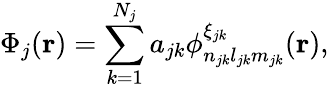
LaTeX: \Phi_{j}(\mathbf{r})=\sum_{k=1}^{N_{j}}a_{jk}\phi_{n_{jk}l_{jk}m_{jk}}^{\xi_{jk}}(\mathbf{r}),